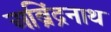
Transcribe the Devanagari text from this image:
अब्रिंद्रनाथ